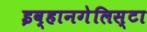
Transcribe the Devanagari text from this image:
इव्हानगेलिस्टा